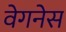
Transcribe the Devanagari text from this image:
वेगनेस